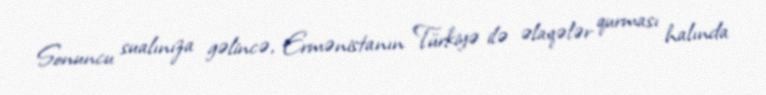
Sonuncu sualınıza gəlincə, Ermənistanın Türkiyə ilə əlaqələr qurması halında